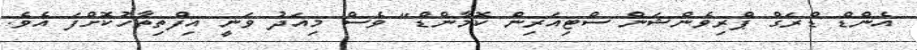
އެންޑް ޑްރަގް ޕްރިވެންޝަން ސްޓިއަރިން ކޮމާންޑް" ވެސް މިއަދު ވަނީ އިފްތިތާހުކޮށްފަ އެވެ.